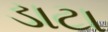
ડાટા